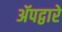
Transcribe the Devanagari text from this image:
ॲपद्वारे